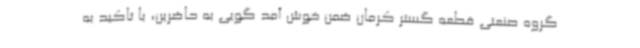
گروه صنعتی قطعه گستر کرمان ضمن خوش آمد گویی به حاضرین، با تاکید به